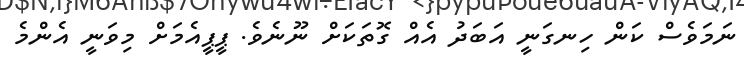
ނަމަވެސް ކަން ހިނގަނީ އަބަދު އެއް ގޮތަކަށް ނޫނެވެ. ޕީޕީއެމަށް މިވަނީ އެންމެ